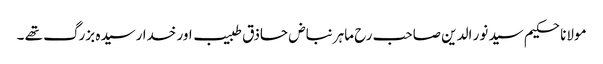
مولانا حکیم سید نور الدین صاحب رح ماہر نباض حاذق طبیب اور خدا رسیدہ بزرگ تھے ۔